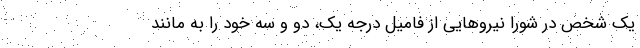
یک شخص در شورا نیروهایی از فامیل درجه یک، دو و سه خود را به مانند